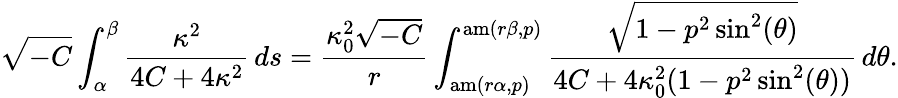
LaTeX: \sqrt{-C}\int_{\alpha}^{\beta}\frac{\kappa^{2}}{4C+4\kappa^{2}}\, ds=\frac{\kappa_{0}^{2}\sqrt{-C}}{r}\int_{\mathrm{am}(r\alpha,p)}^{\mathrm{am}(r\beta,p)}\frac{\sqrt{1-p^{2}\sin^{2}(\theta)}}{4C+4\kappa_{0}^{2}(1-p^{2}\sin^{2}(\theta))}\, d\theta.